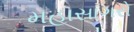
મહાસાગરો